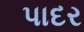
પાદર